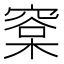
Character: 㮤